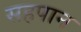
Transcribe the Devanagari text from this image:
सहपान